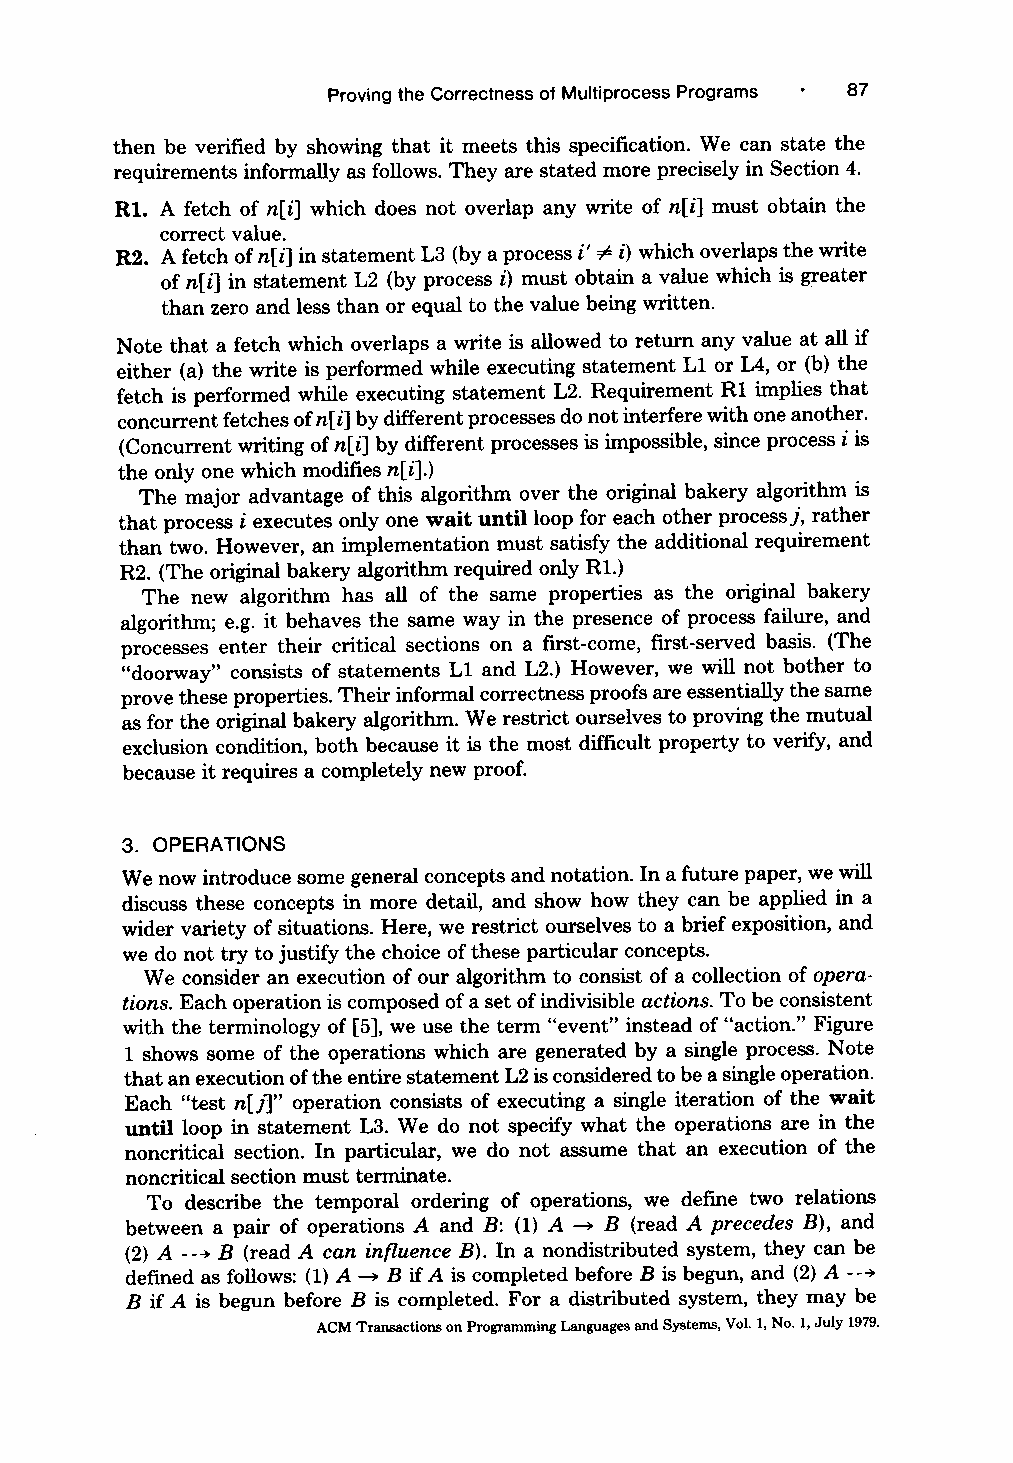
Proving the Correctness of Multiprocess Programs 87
 then be verified by showing that it meets this specification. We can state the
 requirements informally as follows. They are stated more precisely in Section 4.
 R1. A fetch of ni which does not overlap any write of ni must obtain the
 correct value.
 R2. A fetch of ni in statement L3 (by a process i' # i) which overlaps the write
 of ni in statement L2 (by process i) must obtain a value which is greater
 than zero and less than or equal to the value being written.
 Note that a fetch which overlaps a write is allowed to return any value at all if
 either (a) the write is performed while executing statement L1 or IA, or (b) the
 fetch is performed while executing statement L2. Requirement R1 implies that
 concurrent fetches of ni by different processes do not interfere with one another.
 (Concurrent writing of ni by different processes is impossible, since process i is
 the only one which modifies ni.)
 The major advantage of this algorithm over the original bakery algorithm is
 that process i executes only one wait until loop for each other process j, rather
 than two. However, an implementation must satisfy the additional requirement
 R2. (The original bakery algorithm required only R1.)
 The new algorithm has all of the same properties as the original bakery
 algorithm; e.g. it behaves the same way in the presence of process failure, and
 processes enter their critical sections on a first-come, first-served basis. (The
 "doorway" consists of statements L1 and L2.) However, we will not bother to
 prove these properties. Their informal correctness proofs are essentially the same
 as for the original bakery algorithm. We restrict ourselves to proving the mutual
 exclusion condition, both because it is the most difficult property to verify, and
 because it requires a completely new proof.
 3. OPERATIONS
 We now introduce some general concepts and notation. In a future paper, we will
 discuss these concepts in more detail, and show how they can be applied in a
 wider variety of situations. Here, we restrict ourselves to a brief exposition, and
 we do not try to justify the choice of these particular concepts.
 We consider an execution of our algorithm to consist of a collection of opera-
 tions. Each operation is composed of a set of indivisible actions. To be consistent
 with the terminology of 5, we use the term "event" instead of "action." Figure
 1 shows some of the operations which are generated by a single process. Note
 that an execution of the entire statement L2 is considered to be a single operation.
 Each "test n/T' operation consists of executing a single iteration of the wait
 until loop in statement L3. We do not specify what the operations are in the
 noncritical section. In particular, we do not assume that an execution of the
 noncritical section must terminate.
 To describe the temporal ordering of operations, we define two relations
 between a pair of operations A and B: (1) A -* B {read A precedes B), and
 (2) A ---~ B (read A can influence B). In a nondistributed system, they can be
 defined as follows: (1) A -* B if A is completed before B is begun, and (2) A ---~
 B if A is begun before B is completed. For a distributed system, they may be
 ACM Transactions on Programming Languages and Systems, Vol. 1, No. 1, July 1979.